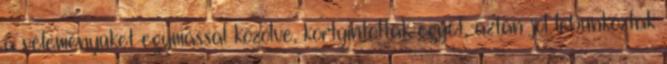
a véleményüket egymással közölve, kortyintottak egyet, aztán jól lebunkóztak